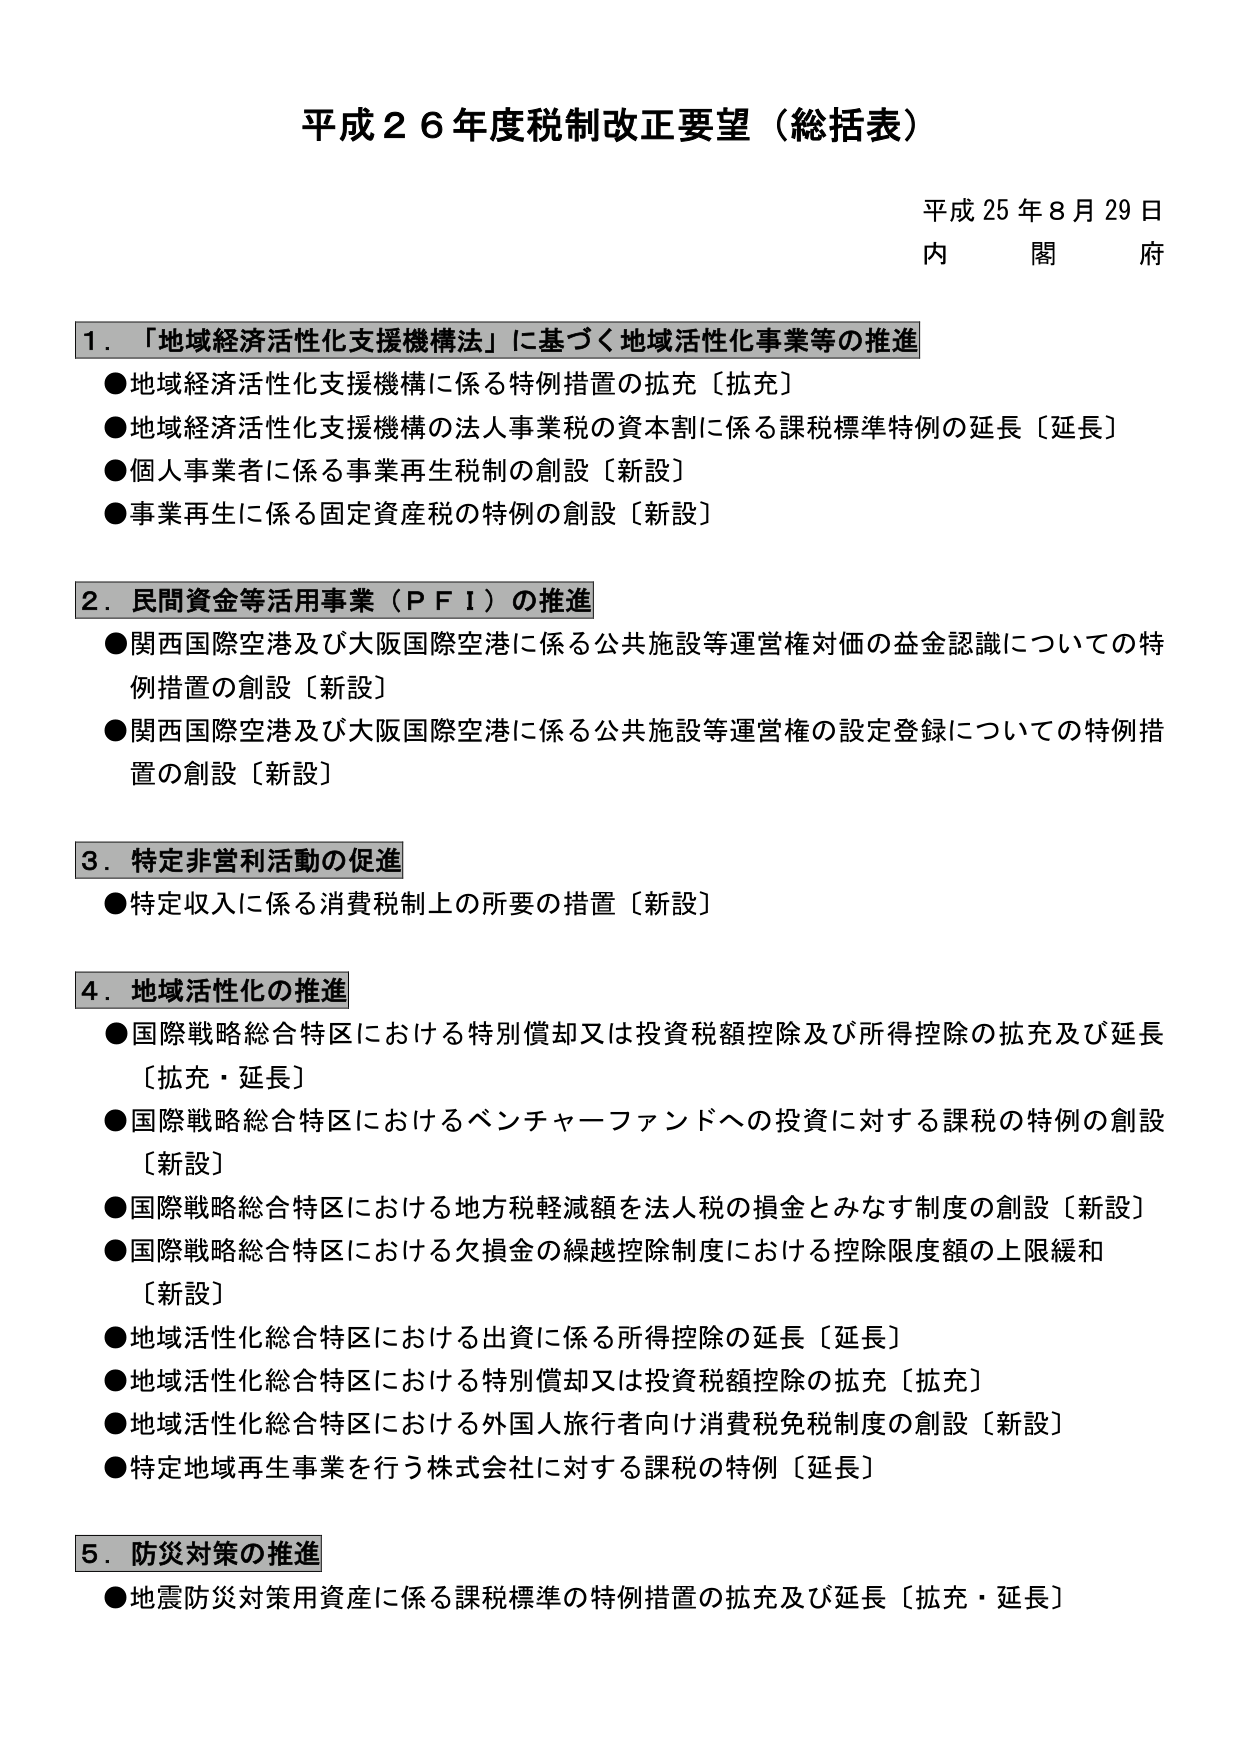
平成２６年度税制改正要望（総括表）

平成25年8月29日
内　閣　府

1．「地域経済活性化支援機構法」に基づく地域活性化事業等の推進
●地域経済活性化支援機構に係る特例措置の拡充〔拡充〕
●地域経済活性化支援機構の法人事業税の資本割に係る課税標準特例の延長〔延長〕
●個人事業者に係る事業再生税制の創設〔新設〕
●事業再生に係る固定資産税の特例の創設〔新設〕

2．民間資金等活用事業（ＰＦＩ）の推進
●関西国際空港及び大阪国際空港に係る公共施設等運営権対価の益金認識についての特例措置の創設〔新設〕
●関西国際空港及び大阪国際空港に係る公共施設等運営権の設定登録についての特例措置の創設〔新設〕

3．特定非営利活動の促進
●特定収入に係る消費税制上の所要の措置〔新設〕

4．地域活性化の推進
●国際戦略総合特区における特別償却又は投資税額控除及び所得控除の拡充及び延長〔拡充・延長〕
●国際戦略総合特区におけるベンチャーファンドへの投資に対する課税の特例の創設〔新設〕
●国際戦略総合特区における地方税軽減額を法人税の損金とみなす制度の創設〔新設〕
●国際戦略総合特区における欠損金の繰越控除制度における控除限度額の上限緩和〔新設〕
●地域活性化総合特区における出資に係る所得控除の延長〔延長〕
●地域活性化総合特区における特別償却又は投資税額控除の拡充〔拡充〕
●地域活性化総合特区における外国人旅行者向け消費税免税制度の創設〔新設〕
●特定地域再生事業を行う株式会社に対する課税の特例〔延長〕

5．防災対策の推進
●地震防災対策用資産に係る課税標準の特例措置の拡充及び延長〔拡充・延長〕